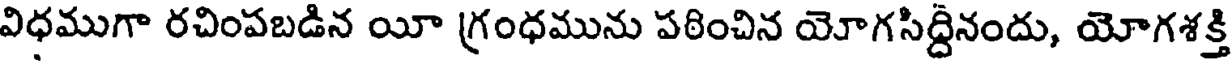
విధముగా రచింపబడిన యీ గ్రంధమును పఠించిన యోగసిద్దినందు, యోగశక్తి